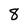
Character: 8